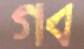
গব